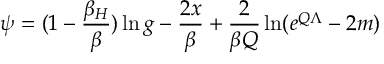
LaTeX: \psi = ( 1 - { \frac { \beta _ { H } } { \beta } } ) \ln g - { \frac { 2 x } { \beta } } + { \frac { 2 } { \beta Q } } \ln ( e ^ { Q \Lambda } - 2 m )